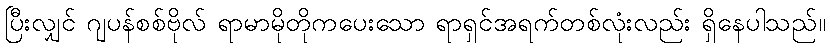
ပြီးလျှင် ဂျပန်စစ်ဗိုလ် ရာမာမိုတိုကပေးသော ရာရှင်အရက်တစ်လုံးလည်း ရှိနေပါသည်။